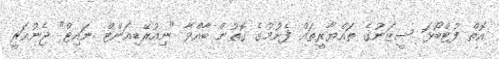
އޮތް ފުޓްބޯޅަ ސީޒަނުގެ ތައްޔާރީތައް ފެށުމުގެ ގޮތުން ބާއްވާ "ނިއުރޭޑިއަންޓް ނައިޓް" ޖެނުއަރީ